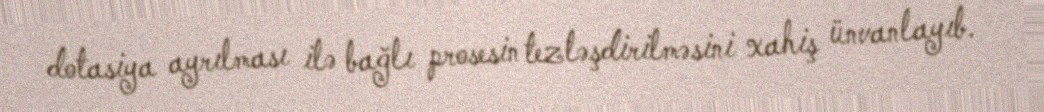
dotasiya ayrılması ilə bağlı prosesin tezləşdirilməsini xahiş ünvanlayıb.